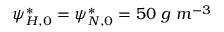
\psi _ { H , 0 } ^ { * } = \psi _ { N , 0 } ^ { * } = 5 0 \ g \ m ^ { - 3 }